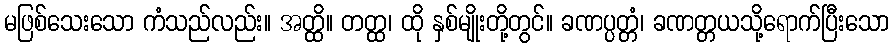
မဖြစ်သေးသော ကံသည်လည်း။ အတ္ထိ။ တတ္ထ၊ ထို နှစ်မျိုးတို့တွင်။ ခဏပ္ပတ္တံ၊ ခဏတ္တယသို့ရောက်ပြီးသော